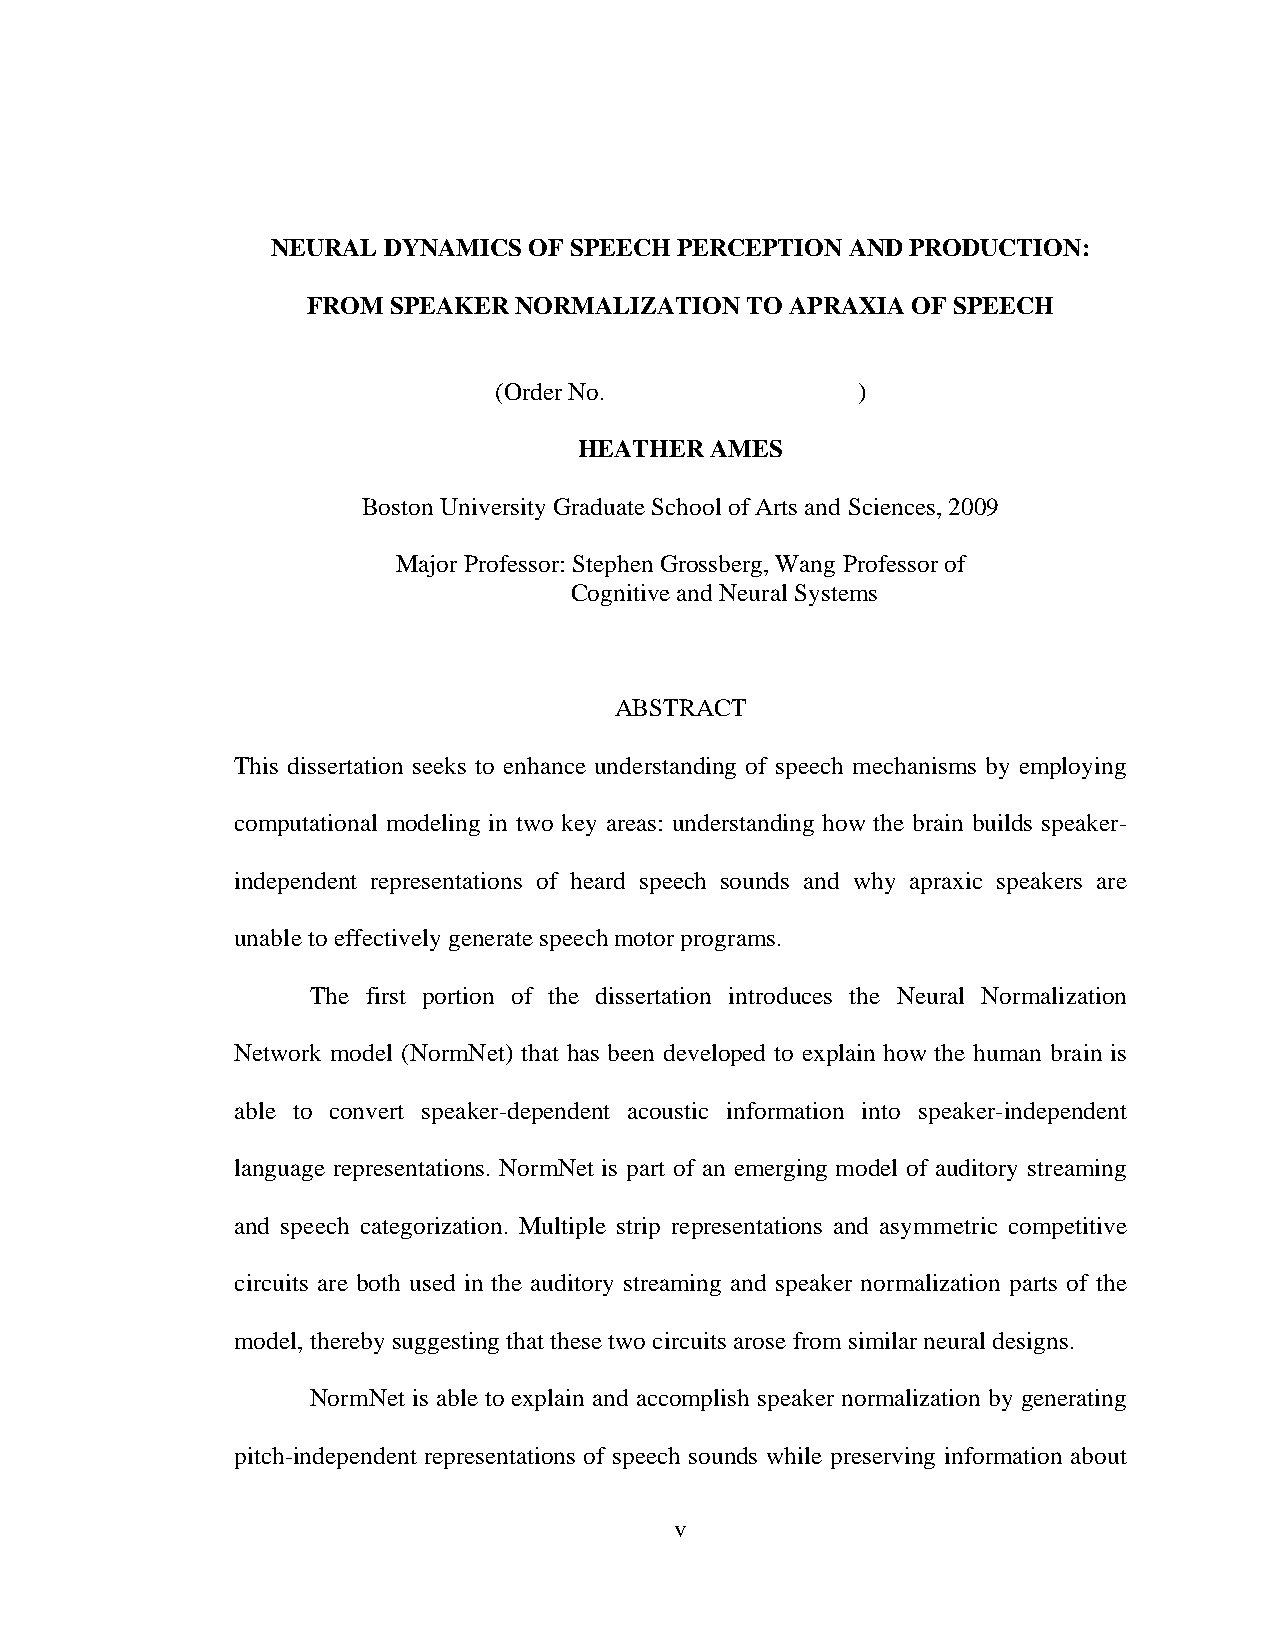
NEURAL DYNAMICS  OF SPEECH PERCEPTION AND PRODUCTION:
 FROM  SPEAKER NORMALIZATION  TO APRAXIA OF SPEECH
 (Order No.              )
 HEATHER  AMES
 Boston University Graduate School of Arts and Sciences, 2009
 Major Professor: Stephen Grossberg, Wang Professor of
 Cognitive and Neural Systems
 ABSTRACT
 This dissertation seeks to enhance understanding of speech mechanisms by employing
 computational modeling in two key areas: understanding how the brain builds speaker-
 independent representations of heard speech sounds and why apraxic speakers are
 unable to effectively generate speech motor programs.
 The first portion of the dissertation introduces the Neural Normalization
 Network model (NormNet) that has been developed to explain how the human brain is
 able to convert speaker-dependent acoustic information into speaker-independent
 language representations. NormNet is part of an emerging model of auditory streaming
 and speech categorization. Multiple strip representations and asymmetric competitive
 circuits are both used in the auditory streaming and speaker normalization parts of the
 model, thereby suggesting that these two circuits arose from similar neural designs.
 NormNet is able to explain and accomplish speaker normalization by generating
 pitch-independent representations of speech sounds while preserving information about
 v